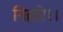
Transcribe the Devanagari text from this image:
निहारे।।